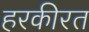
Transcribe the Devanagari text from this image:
हरकीरत